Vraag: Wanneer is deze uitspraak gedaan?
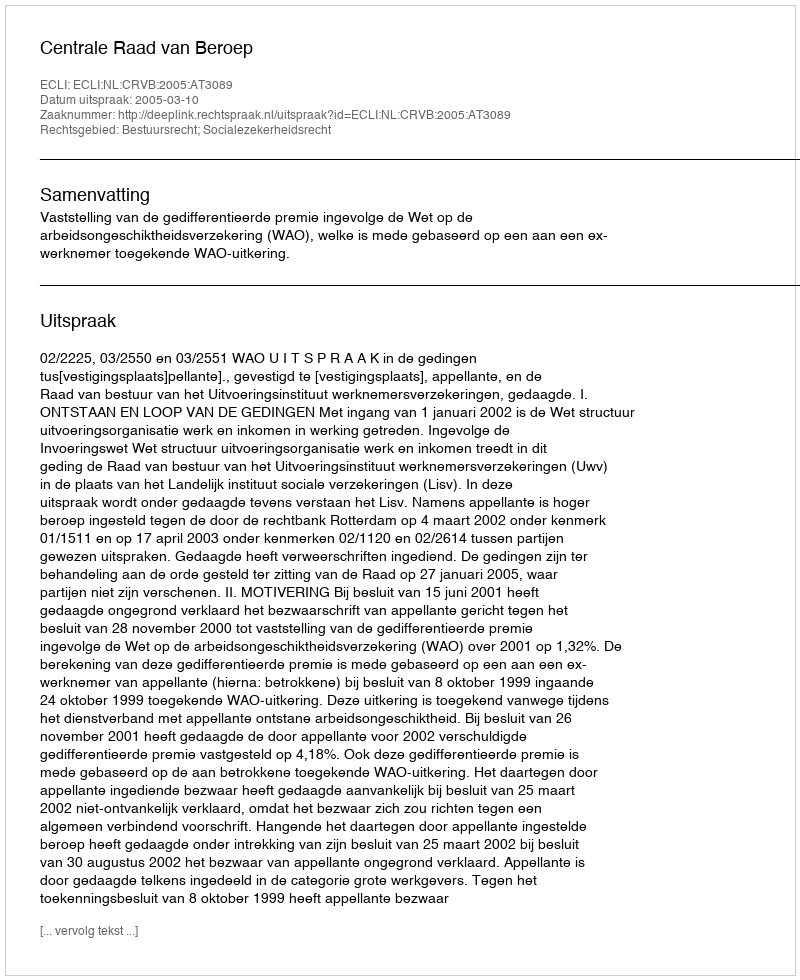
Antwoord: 2005-03-10